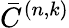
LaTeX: \bar{C}^{(n,k)}